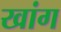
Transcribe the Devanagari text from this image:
खांग